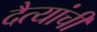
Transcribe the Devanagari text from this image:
दैत्यांची